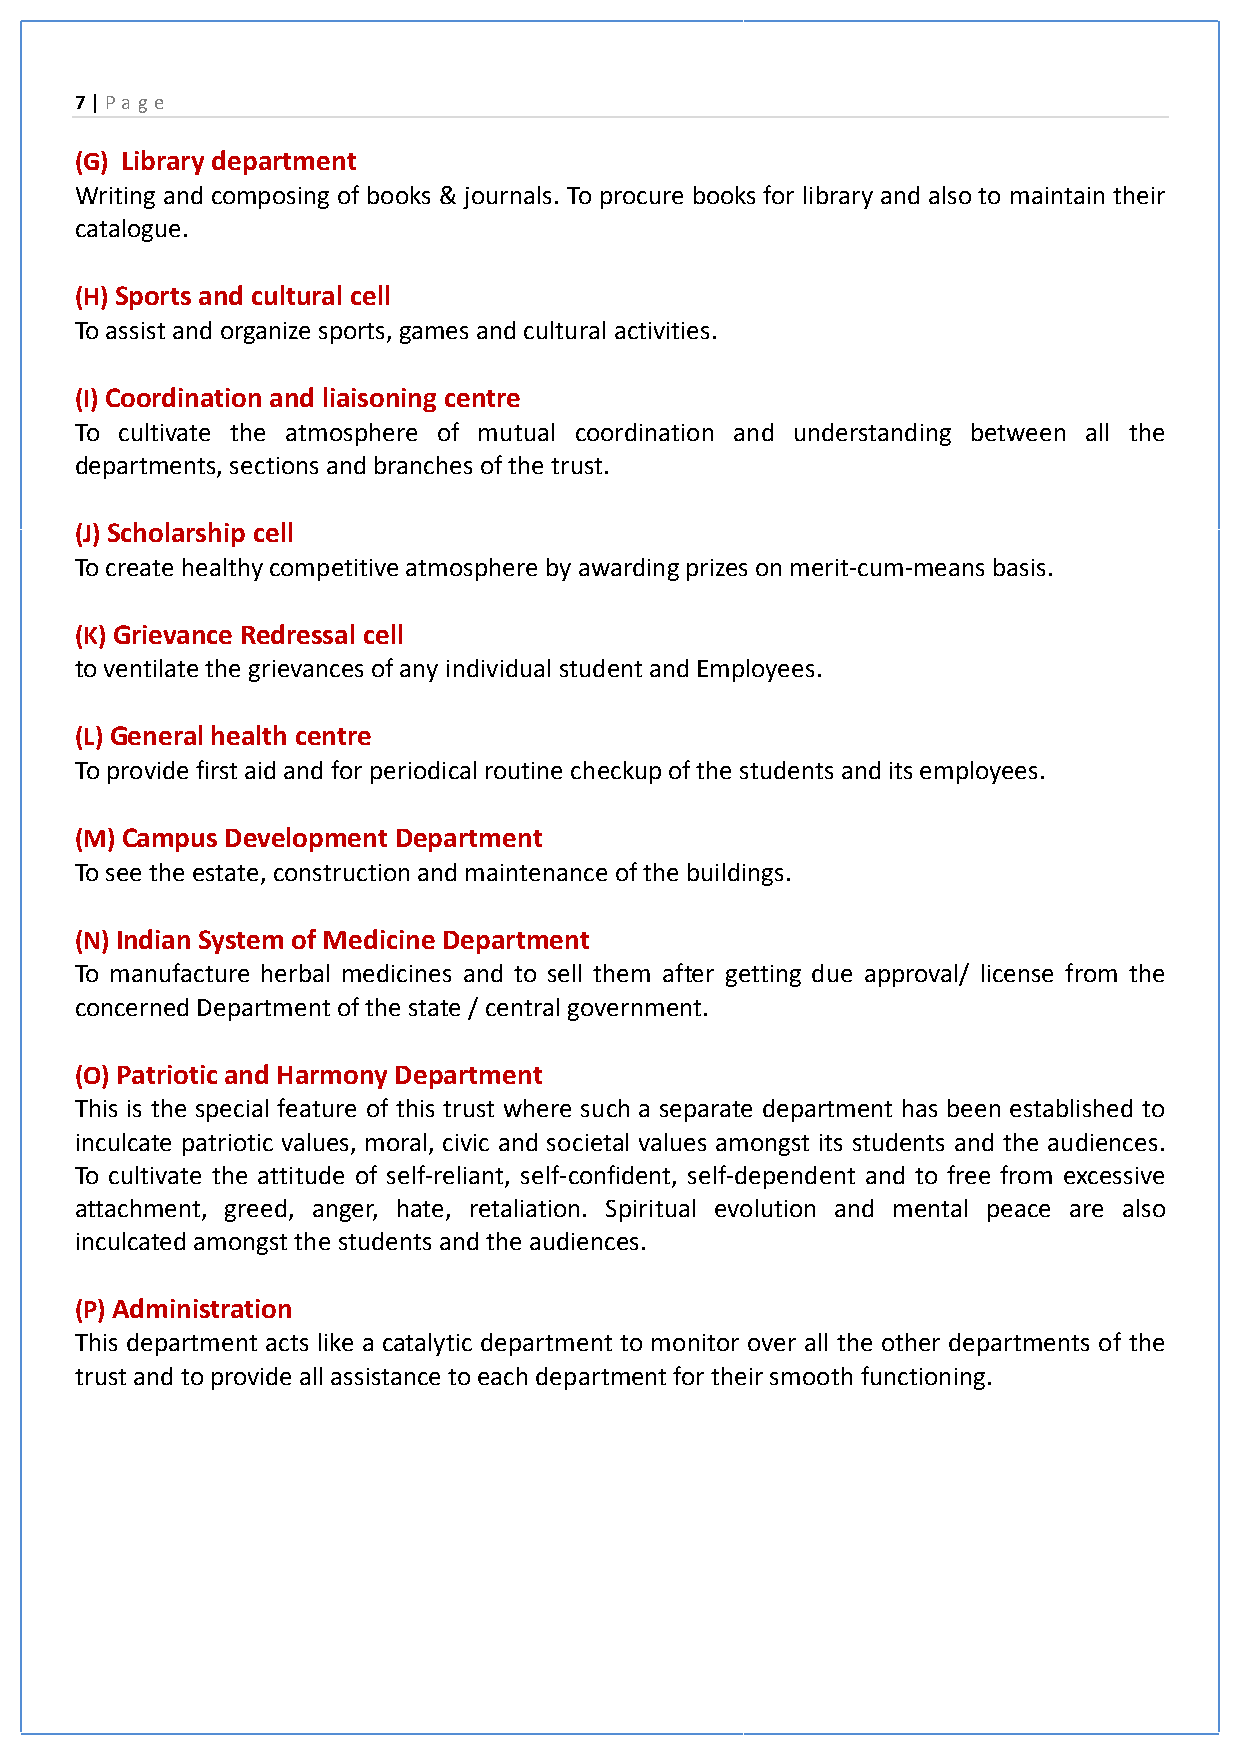
7 | Pa ge
 (G) Library department
 Writing and composing of books & journals. To procure books for library and also to maintain their
 catalogue.
 (H) Sports and cultural cell
 To assist and organize sports, games and cultural activities.
 (I) Coordination and liaisoning centre
 To cultivate the atmosphere of mutual coordination and understanding between all the
 departments, sections and branches of the trust.
 (J) Scholarship cell
 To create healthy competitive atmosphere by awarding prizes on merit-cum-means basis.
 (K) Grievance Redressal cell
 to ventilate the grievances of any individual student and Employees.
 (L) General health centre
 To provide first aid and for periodical routine checkup of the students and its employees.
 (M) Campus Development Department
 To see the estate, construction and maintenance of the buildings.
 (N) Indian System of Medicine Department
 To manufacture herbal medicines and to sell them after getting due approval/ license from the
 concerned Department of the state / central government.
 (O) Patriotic and Harmony Department
 This is the special feature of this trust where such a separate department has been established to
 inculcate patriotic values, moral, civic and societal values amongst its students and the audiences.
 To cultivate the attitude of self-reliant, self-confident, self-dependent and to free from excessive
 attachment, greed, anger, hate, retaliation. Spiritual evolution and mental peace are also
 inculcated amongst the students and the audiences.
 (P) Administration
 This department acts like a catalytic department to monitor over all the other departments of the
 trust and to provide all assistance to each department for their smooth functioning.